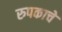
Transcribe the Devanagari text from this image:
रुपकाचे